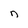
Character: n